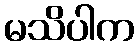
မသိပါက